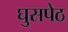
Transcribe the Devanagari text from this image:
घुसपेठ